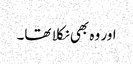
اور وہ بھی نکلا تھا۔